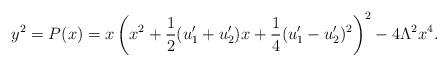
LaTeX: \begin{align*}y^2=P(x)=x\left(x^2+\frac{1}{2}(u_1'+u_2')x+\frac{1}{4}(u_1'-u_2')^2\right)^2-4 \Lambda^2 x^4.\end{align*}